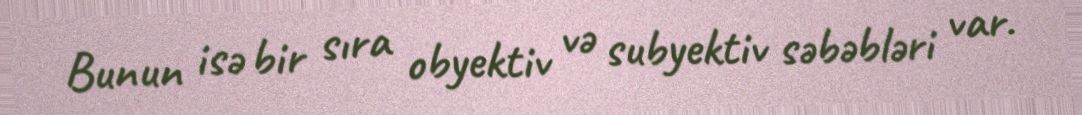
Bunun isə bir sıra obyektiv və subyektiv səbəbləri var.